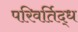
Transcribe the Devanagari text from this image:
परिवर्तिद्ध